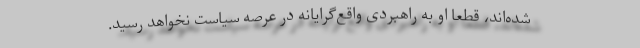
شده‌اند، قطعا او به راهبردی واقع‌گرایانه در عرصه سیاست نخواهد رسید.